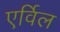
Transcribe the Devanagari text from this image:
एर्विल